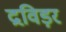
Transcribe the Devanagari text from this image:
द्रविड़र